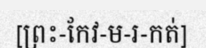
[ព្រះ-កែវ-ម-រ-កត់]